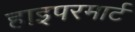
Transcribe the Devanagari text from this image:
हाइपरमार्ट